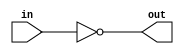
module CMOS_NOT_gate (
    input wire in,
    output reg out
);

assign out = ~in;

endmodule